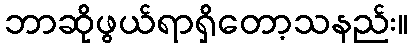
ဘာဆိုဖွယ်ရာရှိတော့သနည်း။